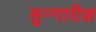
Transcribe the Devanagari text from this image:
सुन्गारीश